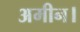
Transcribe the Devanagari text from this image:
अमीन।